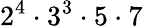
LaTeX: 2^{4}\cdot 3^{3}\cdot 5\cdot 7